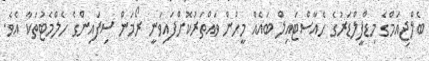
ބެލްޖިއަމްގެ މިޑްފީލްޑަރުގެ ހެއާސްޓައިލް ބައެއް މީހުން ވައްތަރުކޮށްފައިވަނީ ރޯމަން ސިފައިންގެ ހެލްމެޓުތަކާ އެވެ.